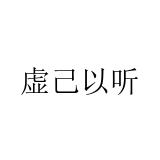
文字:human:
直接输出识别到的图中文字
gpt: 虚己以听